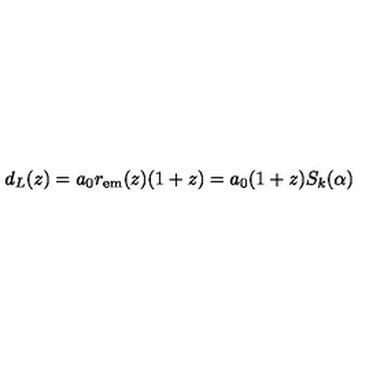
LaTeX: d _ { L } ( z ) = a _ { 0 } r _ { \mathrm { e m } } ( z ) ( 1 + z ) = a _ { 0 } ( 1 + z ) S _ { k } ( \alpha )